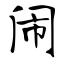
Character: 闹